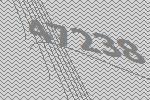
47238